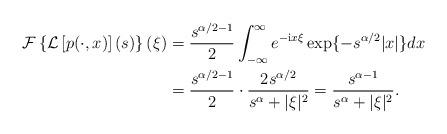
LaTeX: \begin{align*}\mathcal{F}\left\{\mathcal{L}\left[p(\cdot,x)\right](s)\right\}(\xi)& =\frac{s^{\alpha/2-1}}{2}\int_{-\infty}^{\infty}e^{-\textnormal{i}x\xi}\exp\{-s^{\alpha/2}|x|\}dx \\& = \frac{s^{\alpha/2-1}}{2}\cdot \frac{2s^{\alpha/2}}{s^{\alpha}+|\xi|^{2}} = \frac{s^{\alpha-1}}{s^{\alpha}+|\xi|^{2}}.\end{align*}